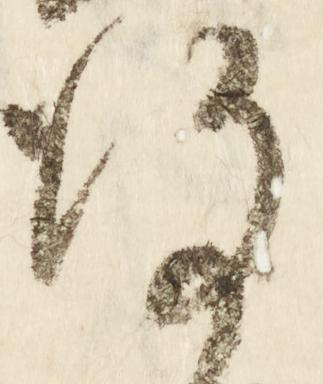
謹